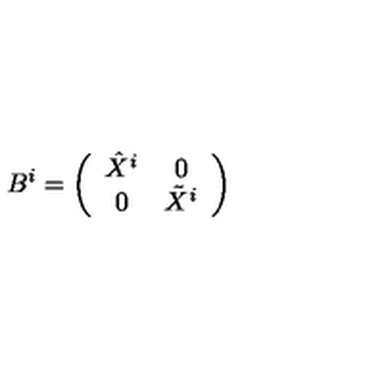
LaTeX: B ^ { i } = \left( \begin{array} { c c } { \hat { X } ^ { i } } & { 0 } \\ { 0 } & { \tilde { X } ^ { i } } \\ \end{array} \right)